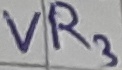
Text: VR3